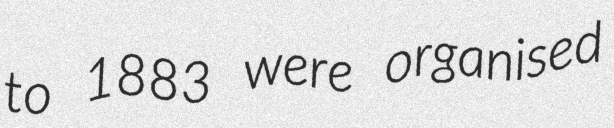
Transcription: to 1883 were organised